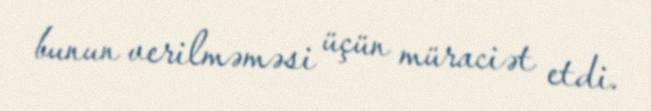
bunun verilməməsi üçün müraciət etdi.